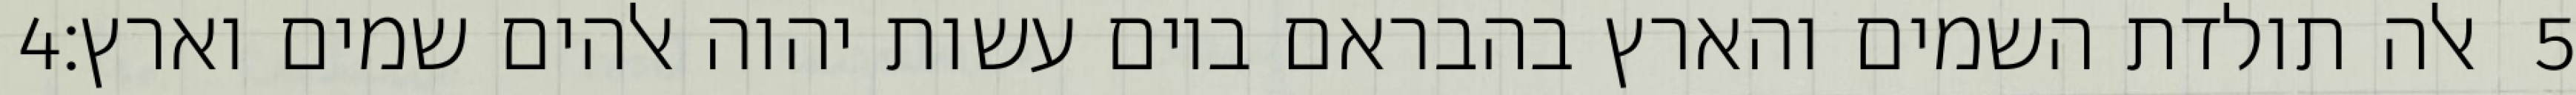
‎4‏ אלה תולדת השמים והארץ בהבראם ביום עשות יהוה אלהים שמים וארץ׃ ‎5‏